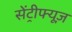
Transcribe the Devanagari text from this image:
सेंट्रीफ्यूज़